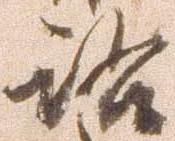
洛